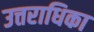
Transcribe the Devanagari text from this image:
उत्तराधिका